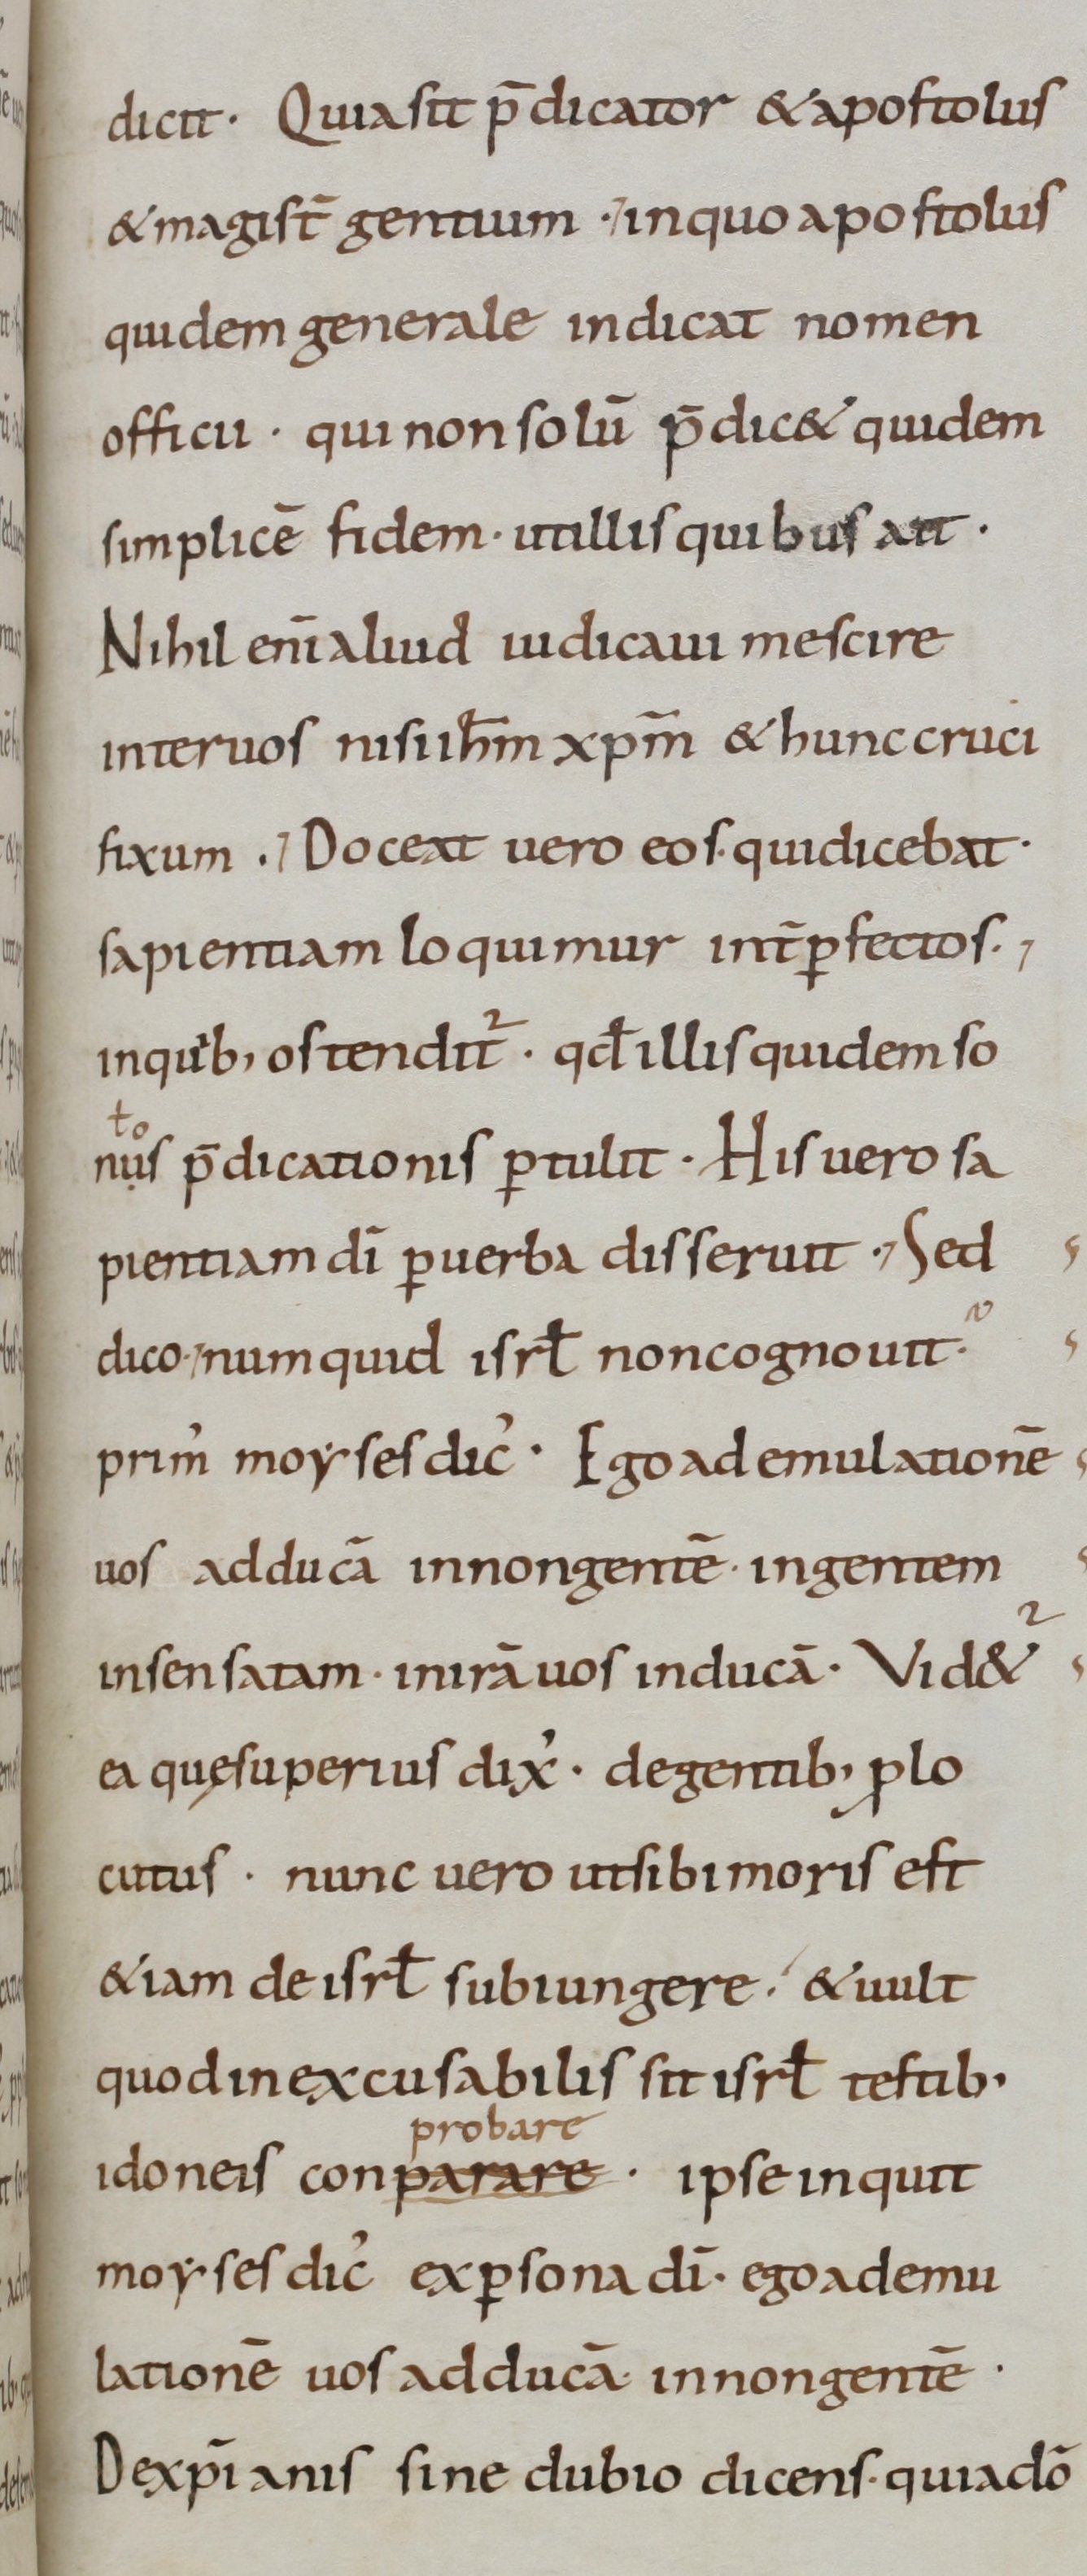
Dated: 800–899